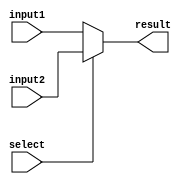
module Multiplexer4
	(input select,
	 input [3:0] input1,
	 input [3:0] input2,
	 output wire [3:0] result
    );
	 
	assign result = (select) ? input2 : input1;

endmodule